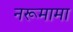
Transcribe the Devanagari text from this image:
नरूमामा